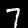
Digit: 7